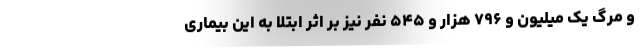
و مرگ یک میلیون و ۷۹۶ هزار و ۵۴۵ نفر نیز بر اثر ابتلا به این بیماری